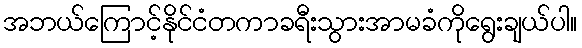
အဘယ်ကြောင့်နိုင်ငံတကာခရီးသွားအာမခံကိုရွေးချယ်ပါ။